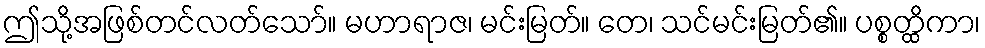
ဤသို့အဖြစ်တင်လတ်သော်။ မဟာရာဇ၊ မင်းမြတ်။ တေ၊ သင်မင်းမြတ်၏။ ပစ္စတ္ထိကာ၊